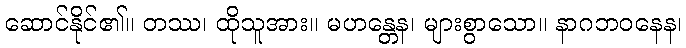
ဆောင်နိုင်၏။ တဿ၊ ထိုသူအား။ မဟန္တေန၊ များစွာသော။ နာဂဘဝနေန၊